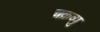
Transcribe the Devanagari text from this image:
चक्रव्यु